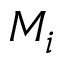
M _ { i }